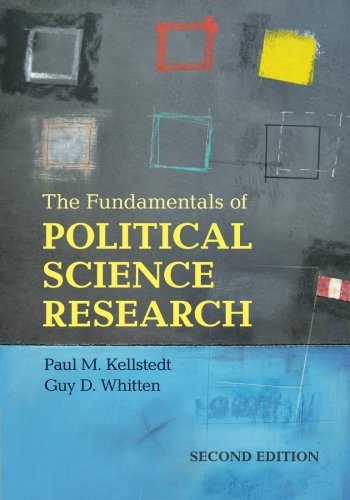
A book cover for The Fundamentals of Political Science Research; Paul Kellstedt; Politics & Social Sciences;